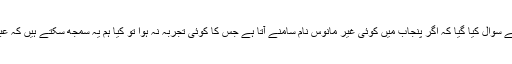
نجی ٹی وی سے گفتگو کے دوران حامد میر سے سوال کیا گیا کہ اگر پنجاب میں کوئی غیر مانوس نام سامنے آتا ہے جس کا کوئی تجربہ نہ ہوا تو کیا ہم یہ سمجھ سکتے ہیں کہ عبوری وزیراعلیٰ کی آپشن بھی برقرار رہے گی؟